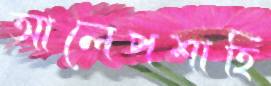
আলেপশাহি